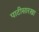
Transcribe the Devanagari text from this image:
पाटीसारखा